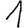
Digit: 1